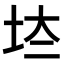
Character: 𡊌